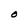
Character: O